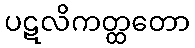
ပဋလိကတ္ထတော